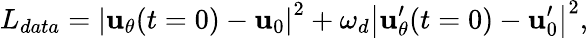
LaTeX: L_{data}=\left|{\mathbf{u}_{\theta}}(t=0)-\mathbf{u}_{0}\right|^{2}+\omega_{d}\left|{\mathbf{u}_{\theta}^{\prime}}(t=0)-\mathbf{u}_{0}^{\prime}\right|^{2},